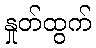
နှုတ်ထွက်